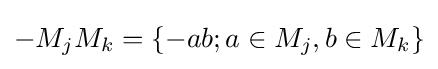
-M_{j}M_{k}=\{-ab;a\in M_{j},b\in M_{k}\}